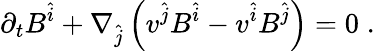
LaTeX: \partial_{t}B^{\hat{i}}+\nabla_{\hat{j}}\left(v^{\hat{j}}B^{\hat{i}}-v^{\hat{i}}B^{\hat{j}}\right)=0\; .